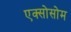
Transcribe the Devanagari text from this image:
एक्सोसोम